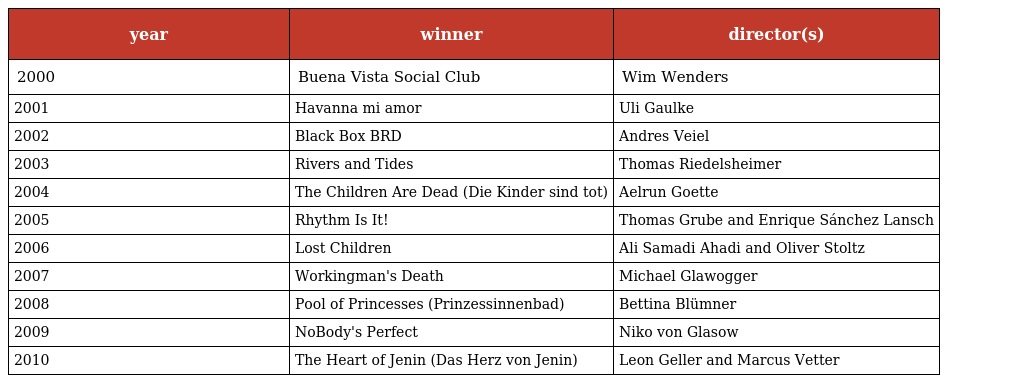
| year | winner | director(s) |
 | --- | --- | --- |
 | 2000 | Buena Vista Social Club | Wim Wenders |
 | 2001 | Havanna mi amor | Uli Gaulke |
 | 2002 | Black Box BRD | Andres Veiel |
 | 2003 | Rivers and Tides | Thomas Riedelsheimer |
 | 2004 | The Children Are Dead (Die Kinder sind tot) | Aelrun Goette |
 | 2005 | Rhythm Is It! | Thomas Grube and Enrique Sánchez Lansch |
 | 2006 | Lost Children | Ali Samadi Ahadi and Oliver Stoltz |
 | 2007 | Workingman's Death | Michael Glawogger |
 | 2008 | Pool of Princesses (Prinzessinnenbad) | Bettina Blümner |
 | 2009 | NoBody's Perfect | Niko von Glasow |
 | 2010 | The Heart of Jenin (Das Herz von Jenin) | Leon Geller and Marcus Vetter |